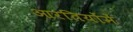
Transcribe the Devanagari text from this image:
आरतियोंमें